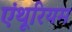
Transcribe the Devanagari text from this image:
एंथूरियम